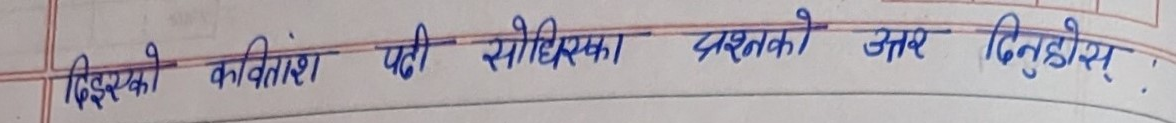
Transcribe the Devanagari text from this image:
डिअरको कवितांश पढी सोधिएका प्रश्नको उत्तर दिनुहोस् ।